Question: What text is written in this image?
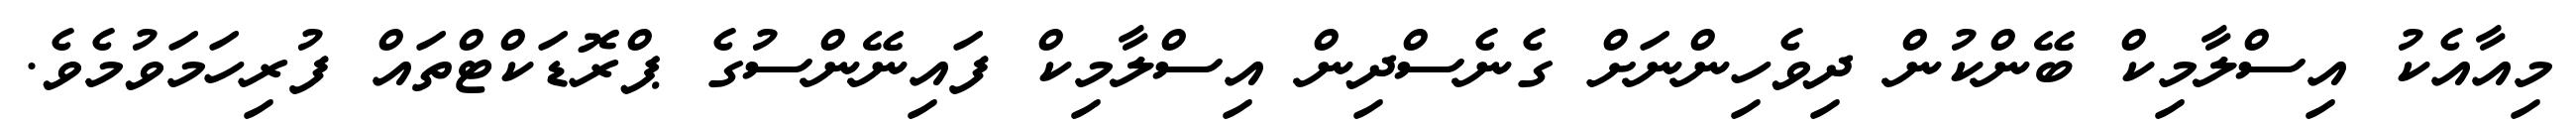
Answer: މިއާއެކު އިސްލާމިކް ބޭންކުން ދިވެހިންނަށް ގެނެސްދިން އިސްލާމިކް ފައިނޭންސުގެ ޕްރޮޑަކްޓްތައް ފުރިހަމަވުމެވެ.